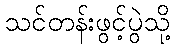
သင်တန်းဖွင့်ပွဲသို့